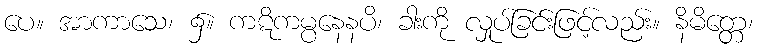
ပေ။ အာကာသေ၊ ၌။ ကဋိကမ္ပနေနပိ၊ ခါးကို လှုပ်ခြင်းဖြင့်လည်း။ နိမိတ္တေ၊